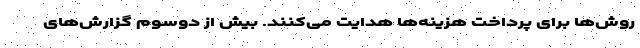
روش‌ها برای پرداخت هزینه‌ها هدایت می‌کنند. بیش از دوسوم گزارش‌های